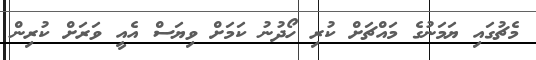
މެޗުގައި ޔަމަނުގެ މައްޗަށް ކުރި ހޯދުނު ކަމަށް ވިޔަސް އެއީ ވަރަށް ކުރިން